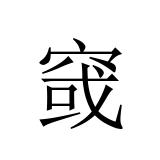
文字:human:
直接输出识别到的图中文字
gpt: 窢